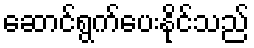
ဆောင်ရွက်ပေးနိုင်သည်